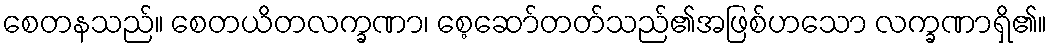
စေတနသည်။ စေတယိတလက္ခဏာ၊ စေ့ဆော်တတ်သည်၏အဖြစ်ဟသော လက္ခဏာရှိ၏။